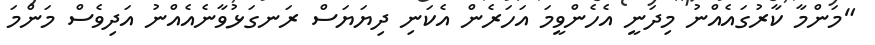
"މަންމާ ކާރުގައެއްނު މިދަނީ އެހެންވީމަ އަހަރެން އެކަނި ދިޔަޔަސް ރަނގަޅުވާނެއެއްނު އަދިވެސް މަންމަ